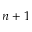
n + 1